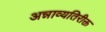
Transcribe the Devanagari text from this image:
अन्नाव्यतिरीक्त